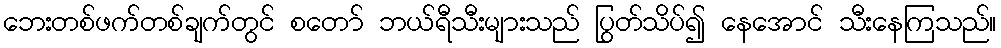
ဘေးတစ်ဖက်တစ်ချက်တွင် စတော် ဘယ်ရီသီးများသည် ပြွတ်သိပ်၍ နေအောင် သီးနေကြသည်။